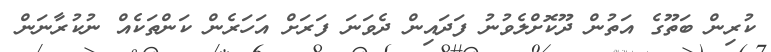
ކުރިން ބަތޫގެ އަތުން ދޫކޮށްލެވުނު ފަދައިން ދެވަނަ ފަރަށް އަހަރެން ކަންތަކެއް ނުކުރާނަން